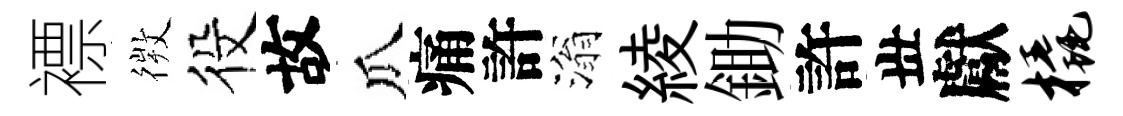
褾𢕄役故瓜痛許滃綾鋤許丗獻橇